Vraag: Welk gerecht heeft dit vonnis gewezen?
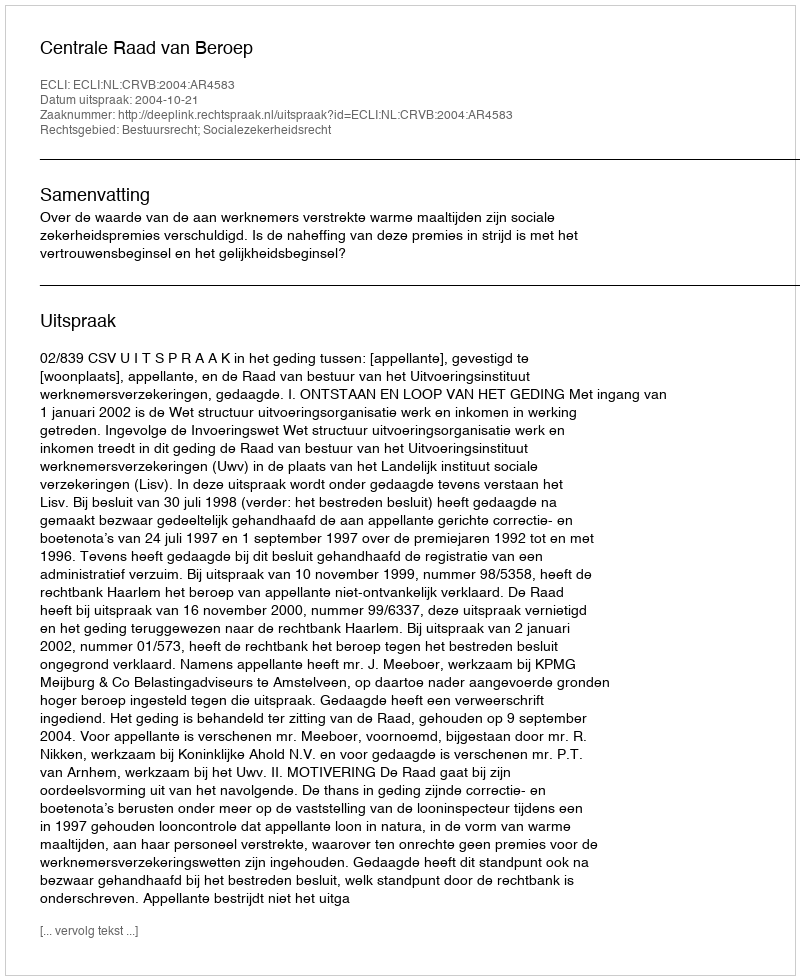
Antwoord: Centrale Raad van Beroep